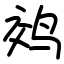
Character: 䴔